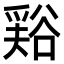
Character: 𧮾